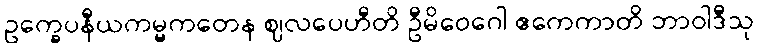
ဥက္ခေပနီယကမ္မကတေန ဈလပေဟီတိ ဦမိဝေဂေါ ဧကေကာတိ ဘာဝါဒီသု